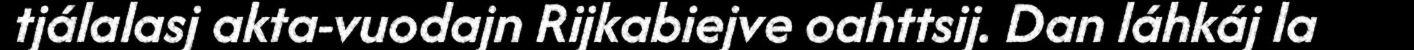
tjálalasj akta-vuodajn Rijkabiejve oahttsij. Dan láhkáj la